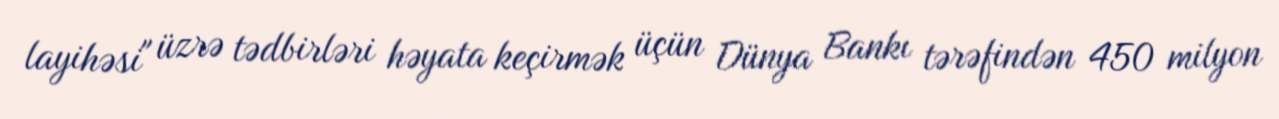
layihəsi" üzrə tədbirləri həyata keçirmək üçün Dünya Bankı tərəfindən 450 milyon